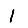
Digit: 1